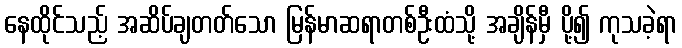
နေထိုင်သည့် အဆိပ်ချတတ်သော မြန်မာဆရာတစ်ဦးထံသို့ အချိန်မှီ ပို့၍ ကုသခဲ့ရာ